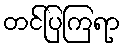
တင်ပြကြရာ